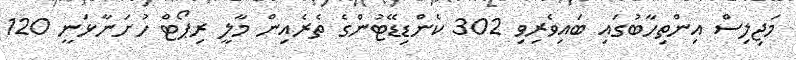
މަޖިލިސް އިންތިހާބުގައި ބައިވެރިވި 302 ކެންޑިޑޭޓުންގެ ތެރެއިން މާލީ ރިޕޯޓް ހުށަނާޅަނީ 120